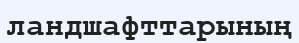
ландшафттарының